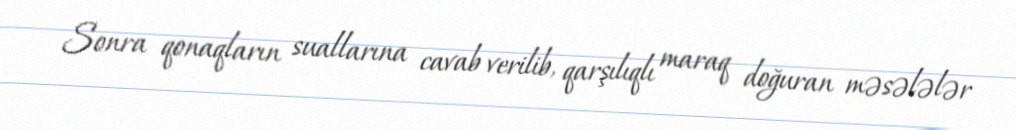
Sonra qonaqların suallarına cavab verilib, qarşılıqlı maraq doğuran məsələlər